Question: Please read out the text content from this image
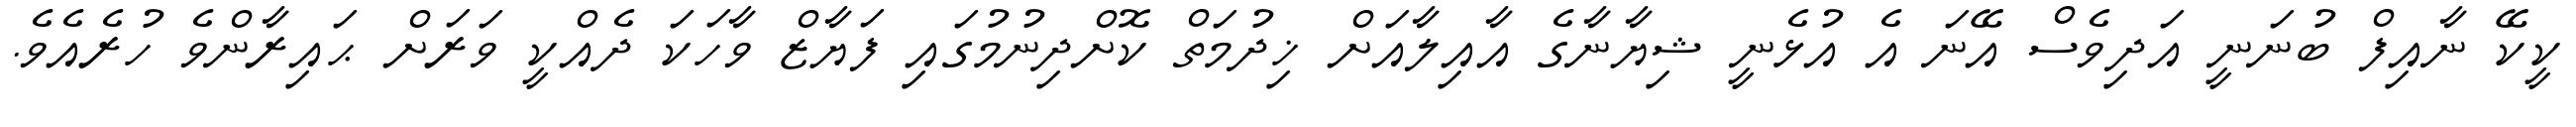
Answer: ކީކޭ ނާއިފް ބުނަނީ އަދިވެސް އޭނަ އެ އުޅެނީ ޝިޔާނާގެ އާއިލާއަށް ޚިދުމަތް ކޮށްދިނުމުގައި ފަޔާޒް ވާހަކަ ދެއްކީ ވަރަށް ޙައިރާންވެ ހުރެއެވެ.